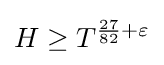
H\geq T^{{\frac {27}{82}}+\varepsilon }